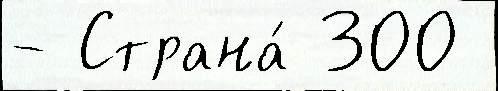
- Страна́ 300